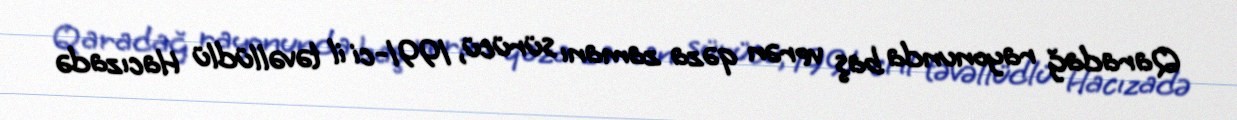
Qaradağ rayonunda baş verən qəza zamanı sürücü, 1991-ci il təvəllüdlü Hacızadə